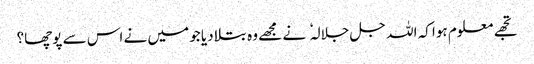
تجھے معلوم ہوا کہ اللہ جل جلالہ نے مجھے وہ بتلا دیا جو میں نے اس سے پوچھا؟